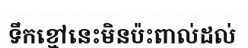
ទឹកខ្មៅនេះមិនប៉ះពាល់ដល់